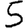
Digit: 5